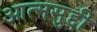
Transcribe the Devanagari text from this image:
आत्मसुद्दी